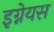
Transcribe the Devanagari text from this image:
इग्नेयस